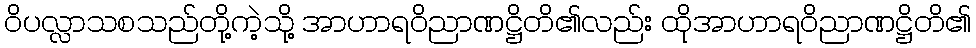
ဝိပလ္လာသစသည်တို့ကဲ့သို့ အာဟာရဝိညာဏဋ္ဌိတိ၏လည်း ထိုအာဟာရဝိညာဏဋ္ဌိတိ၏